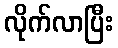
လိုက်လာပြီး